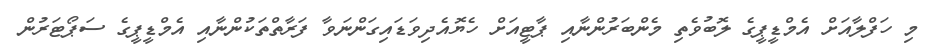
މި ހަފްލާއަށް އެމްޑީޕީގެ ލޮބުވެތި މެންބަރުންނާއި ޕާޓީއަށް ހެޔޮއެދިވަޑައިގަންނަވާ ފަރާތްތަކުންނާއި އެމްޑީޕީގެ ސަޕޯޓަރުން